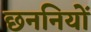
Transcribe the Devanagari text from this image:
छननियों